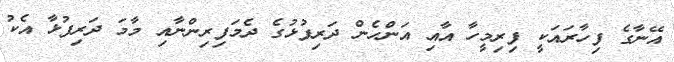
އޭނާގެ ފިހާރައަކީ ފިރިމީހާ އާއި އަންހެން ދަރިފުޅުގެ ދެމަފިރިންނާއި މާމަ ދަރިފުޅާ އެކު